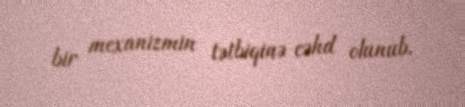
bir mexanizmin tətbiqinə cəhd olunub.